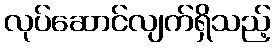
လုပ်ဆောင်လျက်ရှိသည့်